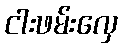
ငါးဖမ်းလှေ